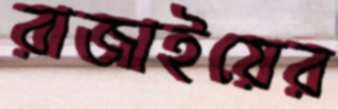
রাজাইয়ের